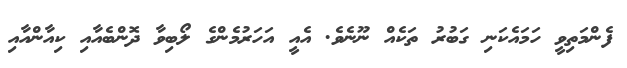
ފެންމަތިވީ ހަމައެކަނި ގަބުރު ތަކެއް ނޫނެވެ. އެއީ އަހަރުމެންގެ ލޯބިވާ ދޮންބެއާއި ކިއާންއާއި